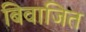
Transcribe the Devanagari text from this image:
बिवाजित